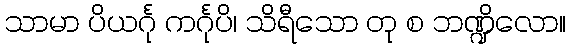
သာမာ ပိယင်္ဂု ကင်္ဂုပိ၊ သိရီသော တု စ ဘဏ္ဍိလော။